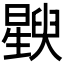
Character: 𬁚